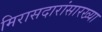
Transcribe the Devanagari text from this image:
मिरासदारांसारख्या